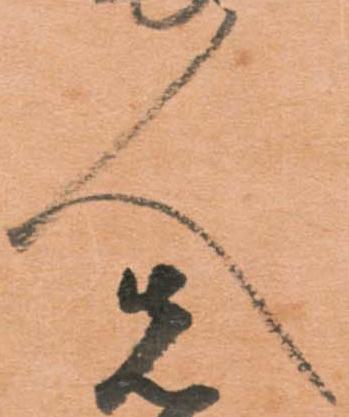
人